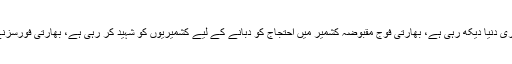
انہوں نے مزید کہا کہ کشمیرمظالم کو پوری دنیا دیکھ رہی ہے، بھارتی فوج مقبوضہ کشمیر میں احتجاج کو دبانے کے لیے کشمیریوں کو شہید کر رہی ہے، بھارتی فورسزنے 7سال کے بچے کوبھی معاف نہیں کیا۔